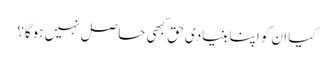
کیا ان کو اپنا بنیادی حق کبھی حاصل نہیں ہوگا؟